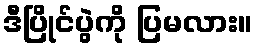
ဒီပြိုင်ပွဲကို ပြမလား။